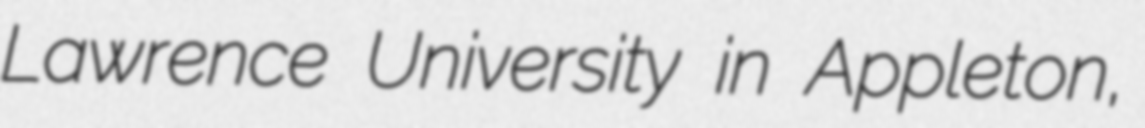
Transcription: Lawrence University in Appleton,